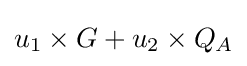
u_{1}\times G+u_{2}\times Q_{A}